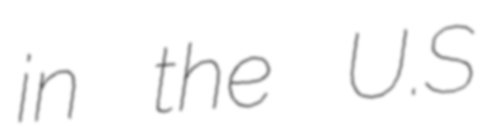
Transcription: in the U.S